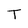
Character: T